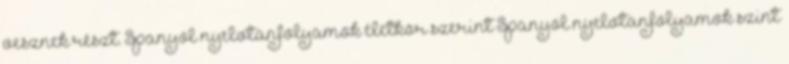
vesznek részt. Spanyol nyelvtanfolyamok életkor szerint Spanyol nyelvtanfolyamok szint